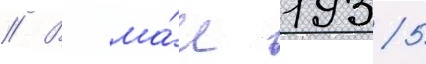
// В ма́е 1935